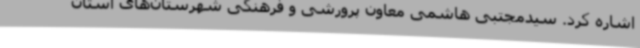
اشاره کرد. سیدمجتبی هاشمی معاون پرورشی و فرهنگی شهرستان‌های استان